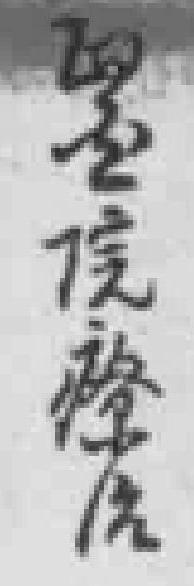
*院療治